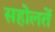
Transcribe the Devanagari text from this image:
सहोलतें